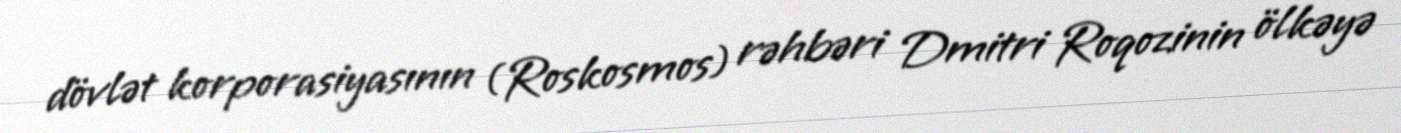
dövlət korporasiyasının (Roskosmos) rəhbəri Dmitri Roqozinin ölkəyə